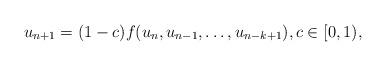
LaTeX: \begin{align*} u_{n+1}=(1-c)f(u_n,u_{n-1}, \dots, u_{n-k+1}), c \in [0,1),\end{align*}